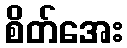
စိတ်အေး